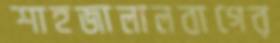
শাহজালালবাগের